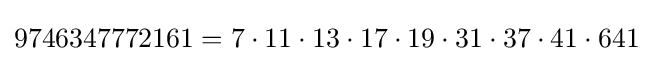
9746347772161=7\cdot 11\cdot 13\cdot 17\cdot 19\cdot 31\cdot 37\cdot 41\cdot 641